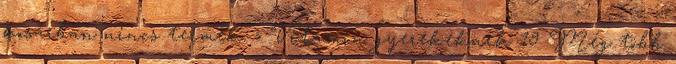
kosárban nincs termék. › Vitamin gyerekeknek 19 Még több